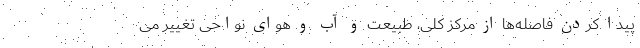
پیدا کردن فاصله‌ها از مرکز کلی، طبیعت و آب و هوای نواحی تغییر می‌